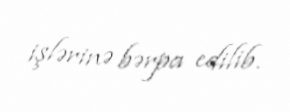
işlərinə bərpa edilib.